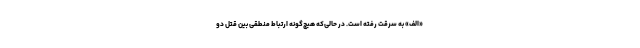
«الف» به سرقت رفته است. در حالی‌که هیچ‌گونه ارتباط منطقی بین قتل دو